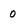
Character: 0